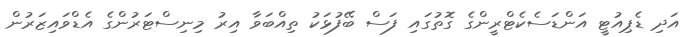
އަދި ޑެޕިއުޓީ އަންޑަސެކެޓްރީންގެ ގޮތުގައި ފަސް ބޭފުޅަކު ތިއްބަވާ އިރު މިނިސްޓަރުންގެ އެޑްވައިޒަރުން